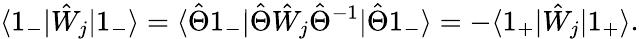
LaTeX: \langle 1_{-}|\hat{W}_{j}|1_{-}\rangle=\langle\hat{\Theta}1_{-}|\hat{\Theta}\hat{W}_{j}\hat{\Theta}^{-1}|\hat{\Theta}1_{-}\rangle=-\langle 1_{+}|\hat{W}_{j}|1_{+}\rangle.